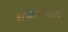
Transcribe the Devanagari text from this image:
सधारणतः